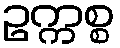
ဥက္ကစ္စ